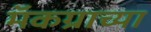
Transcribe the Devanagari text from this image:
मॅकग्राच्या